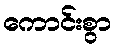
ကောင်းစွာ